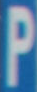
P